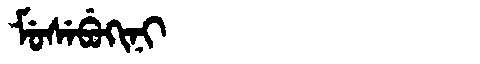
Manchu: ᠮᡠᠰᡝᠪᡠᡴᡳᠨᡳ
Romanization: MUSEBUKINI